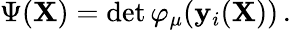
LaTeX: \begin{array}{r}{\Psi(\mathbf{X})=\operatorname*{det}{\varphi_{\mu}(\mathbf{y}_{i}(\mathbf{X}))}\, .}\end{array}